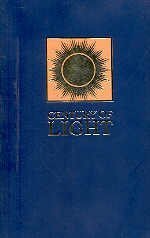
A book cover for Century of Light; Religion & Spirituality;